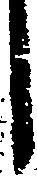
し